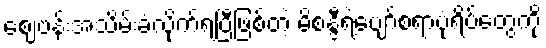
စျေဗန်းအသိမ်းခံလိုက်ရပြီဖြစ်တဲ့ မိစန္ဒီရဲ့ပျော်စရာပုံရိပ်တွေကို